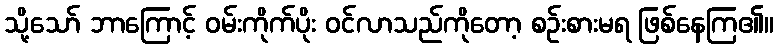
သို့သော် ဘာကြောင့် ဝမ်းကိုက်ပိုး ဝင်လာသည်ကိုတော့ စဉ်းစားမရ ဖြစ်နေကြ၏။